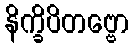
နိက္ခိပိတဗ္ဗော